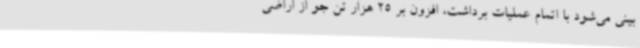
بینی می‌شود با اتمام عملیات برداشت، افزون بر 25 هزار تن جو از اراضی